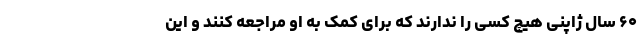
۶۰ سال ژاپنی هیچ کسی را ندارند که برای کمک به او مراجعه کنند و این